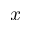
x